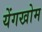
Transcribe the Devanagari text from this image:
येंगखोम